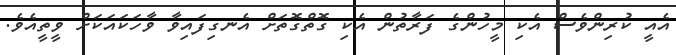
އެއީ ކުރިންވެސް އެކި މީހުންގެ ފަރާތުން އެކި ގޮތްގޮތަށް އެނގިފައިވާ ވާހަކައަކަށް ވީތީއެވެ.